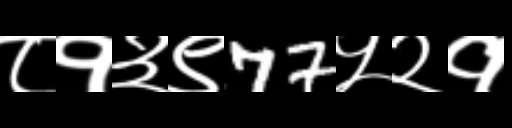
Text: ८१३९77५२१